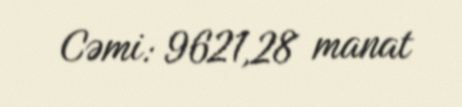
Cəmi: 9621,28 manat